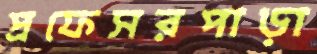
প্রফেসরপাড়া